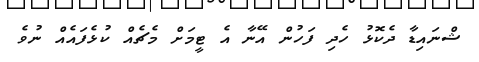
ޝްނައިޑާ ދެކޮޅު ހެދި ފަހުން އޭނާ އެ ޓީމަށް މެޗެއް ކުޅެފައެއް ނުވެ